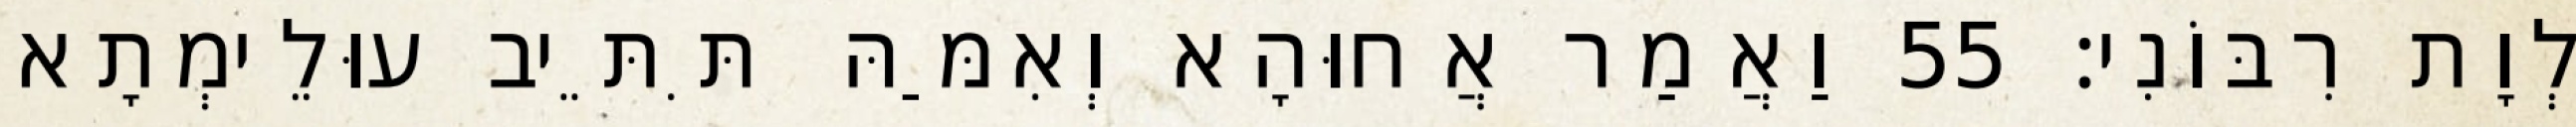
לְוָת רִבּוֹנִי׃ 55 וַאֲמַר אֲחוּהָא וְאִמַּהּ תִּתֵּיב עוּלֵימְתָא